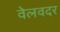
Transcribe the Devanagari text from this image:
वेलवदर